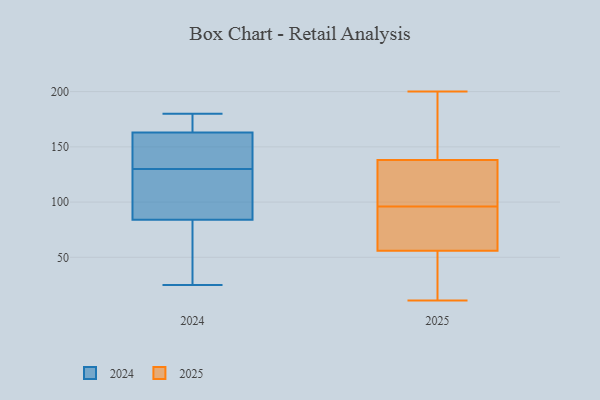
{"axis": {"x": "Latency (ms)", "y": "Value"}, "legend": ["2024", "2025"], "data": [{"x": "", "y": 11, "type": "2025"}, {"x": "", "y": 126, "type": "2025"}, {"x": "", "y": 60, "type": "2025"}, {"x": "", "y": 188, "type": "2025"}, {"x": "", "y": 89, "type": "2025"}, {"x": "", "y": 200, "type": "2025"}, {"x": "", "y": 108, "type": "2025"}, {"x": "", "y": 96, "type": "2025"}, {"x": "", "y": 35, "type": "2025"}, {"x": "", "y": 164, "type": "2025"}, {"x": "", "y": 133, "type": "2025"}, {"x": "", "y": 87, "type": "2025"}, {"x": "", "y": 143, "type": "2025"}, {"x": "", "y": 96, "type": "2025"}, {"x": "", "y": 52, "type": "2025"}, {"x": "", "y": 29, "type": "2025"}, {"x": "", "y": 49, "type": "2024"}, {"x": "", "y": 129, "type": "2024"}, {"x": "", "y": 84, "type": "2024"}, {"x": "", "y": 143, "type": "2024"}, {"x": "", "y": 108, "type": "2024"}, {"x": "", "y": 124, "type": "2024"}, {"x": "", "y": 180, "type": "2024"}, {"x": "", "y": 39, "type": "2024"}, {"x": "", "y": 174, "type": "2024"}, {"x": "", "y": 163, "type": "2024"}, {"x": "", "y": 175, "type": "2024"}, {"x": "", "y": 57, "type": "2024"}, {"x": "", "y": 131, "type": "2024"}, {"x": "", "y": 160, "type": "2024"}, {"x": "", "y": 102, "type": "2024"}, {"x": "", "y": 25, "type": "2024"}, {"x": "", "y": 168, "type": "2024"}, {"x": "", "y": 138, "type": "2024"}]}